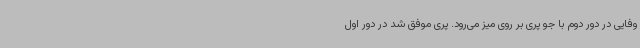
وفایی در دور دوم با جو پری بر روی میز می‌رود. پری موفق شد در دور اول